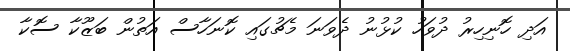
އަދި ހޮނިހިރު ދުވަހު ކުޅުނު ދެވަނަ މެޗުގައި ކޮނަހާސް އަތުން ބަޒޫކާ ސޮކާ